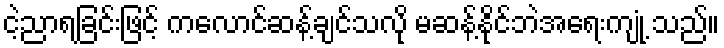
ငဲ့ညာရခြင်းဖြင့် ကလောင်ဆန့်ချင်သလို မဆန့်နိုင်ဘဲအရေးကျုံ့ သည်။